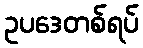
ဥပဒေတစ်ရပ်